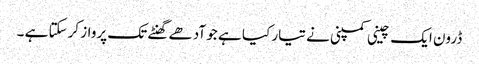
ڈرون ایک چینی کمپنی نے تیار کیا ہے جو آدھے گھنٹے تک پرواز کرسکتا ہے ۔